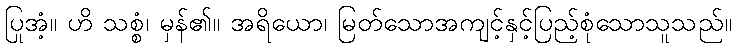
ပြုအံ့။ ဟိ သစ္စံ၊ မှန်၏။ အရိယော၊ မြတ်သောအကျင့်နှင့်ပြည့်စုံသောသူသည်။